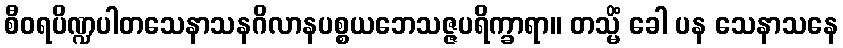
စီဝရပိဏ္ဍပါတသေနာသနဂိလာနပစ္စယဘေသဇ္ဇပရိက္ခာရာ။ တသ္မိံ ခေါ ပန သေနာသနေ